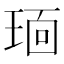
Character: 𬍭